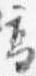
高